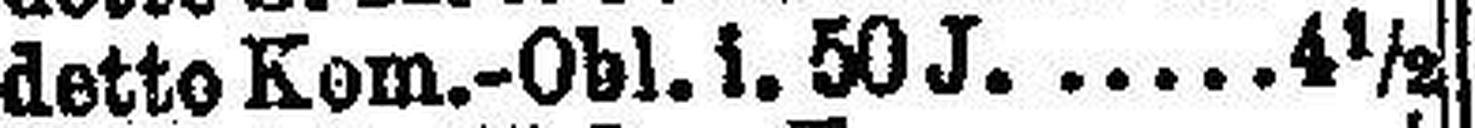
detto Kom.-Obl. i. 50 J. 4½